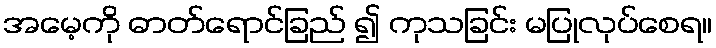
အမေ့ကို ဓာတ်ရောင်ခြည် ၍ ကုသခြင်း မပြုလုပ်စေရ။